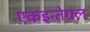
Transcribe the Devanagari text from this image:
एकइन्तेग्रल